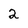
Character: 2